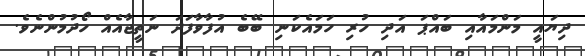
ދިޔައީ މަންމައާއި ބައްޕަ އަދި ހުރި ހަމައެކަނި ބޭބެ އުފާވާފަދަ ނަތީޖާއެއް ހޯދުމުންނެވެ.